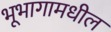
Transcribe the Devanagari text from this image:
भूभागामधील